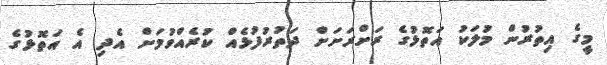
މީގެ އިތުރުން މުލަކު އަތޮޅުގެ ރަށްރަށަށް ދަތުރުފުޅެއް ކުރެއްވުމަށް އެދި އެ އަތޮޅުގެ